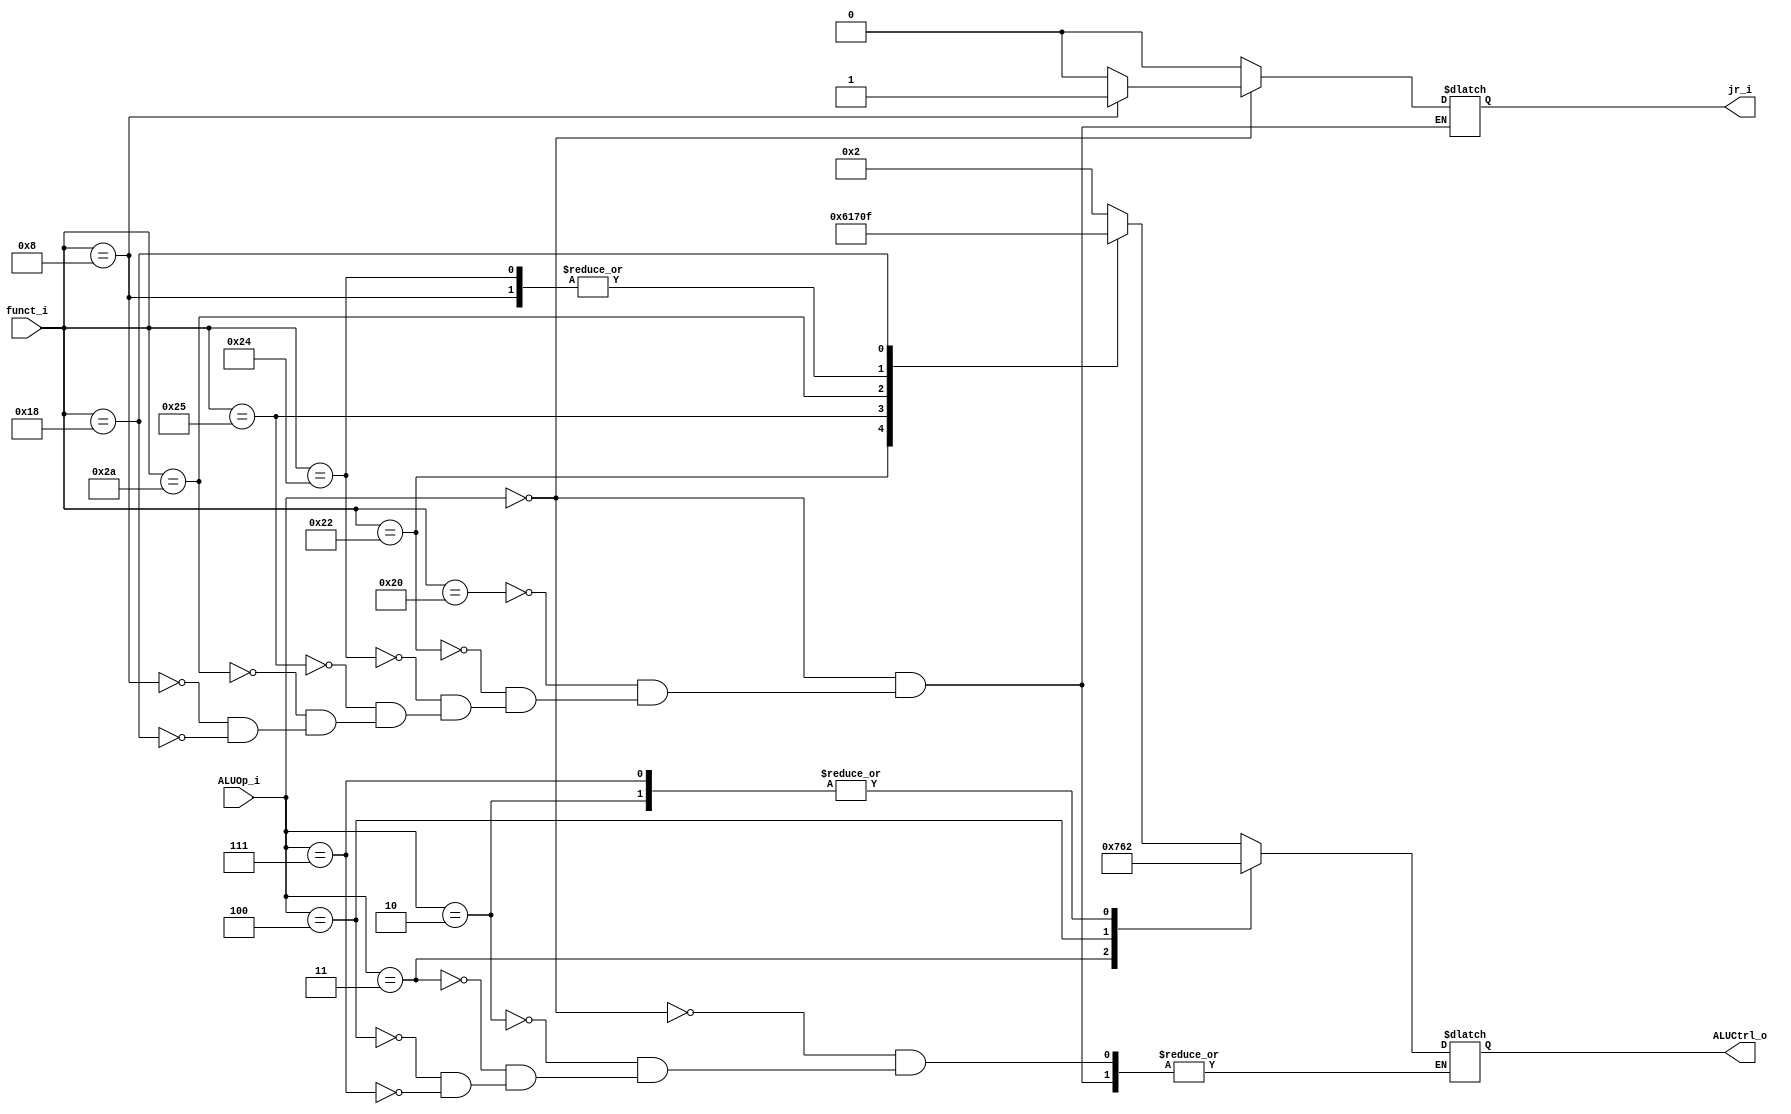
//Subject:     CO project 2 - ALU Controller
//--------------------------------------------------------------------------------
//Version:     1
//--------------------------------------------------------------------------------
//Writer:      
//----------------------------------------------
//Date:        
//----------------------------------------------
//Description: 
//--------------------------------------------------------------------------------

module ALU_Ctrl(
    funct_i, 
    ALUOp_i, 
    ALUCtrl_o, 
    jr_i
);
          
//I/O ports 
input      [6-1:0] funct_i;
input      [3-1:0] ALUOp_i;

output     [4-1:0] ALUCtrl_o;    
//new
output	           jr_i;     
//Internal Signals
reg        [4-1:0] ALUCtrl_o;
reg		             jr_i;

//Parameter
always @(*) begin
  case(ALUOp_i)
		3'b000 : begin // R-type
      case(funct_i)
        6'b100000 : begin // add
        	ALUCtrl_o <= 4'b0010;
          jr_i <= 0;
        end
        6'b100010 : begin // sub
        	ALUCtrl_o <= 4'b0110;
          jr_i <= 0;
        end
        6'b100100 : begin // and 
        	ALUCtrl_o <= 4'b0000;
          jr_i <= 0;
        end
        6'b100101 : begin // or
        	ALUCtrl_o <= 4'b0001;
          jr_i <= 0;
        end
        6'b101010 : begin // slt
        	ALUCtrl_o <= 4'b0111;
          jr_i <= 0;
        end
        6'b001000 : begin //jr
        	jr_i <= 1;
        	ALUCtrl_o <= 4'b0000;
        end
        6'b011000 : begin //mult
          jr_i <= 0;
          ALUCtrl_o <= 4'b1111;
        end
      endcase
    end
    3'b010 : begin
      ALUCtrl_o <= 4'b0010; // addi
      jr_i <= 0;
    end
    3'b011 : begin
      ALUCtrl_o <= 4'b0111; // slti
      jr_i <= 0;
    end
    3'b100 : begin
      ALUCtrl_o <= 4'b0110; // beq
      jr_i <= 0;
    end
    3'b111 : begin
      ALUCtrl_o <= 4'b0010; // lw, sw
      jr_i <= 0;
    end 
    default : jr_i <= 0;
  endcase
end
       
//Select exact operation

endmodule